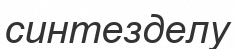
синтезделу